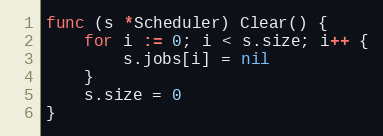
Language: Go
func (s *Scheduler) Clear() {
	for i := 0; i < s.size; i++ {
		s.jobs[i] = nil
	}
	s.size = 0
}